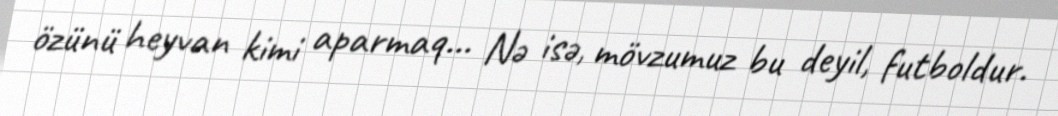
özünü heyvan kimi aparmaq... Nə isə, mövzumuz bu deyil, futboldur.